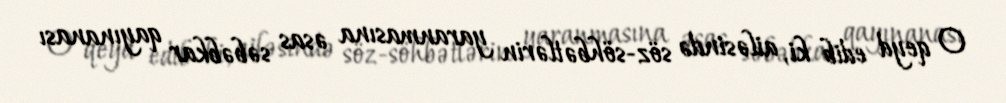
O qeyd edib ki, ailəsində söz-söhbətlərin yaranmasına əsas səbəbkar qayınanası